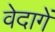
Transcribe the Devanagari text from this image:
वेदागें